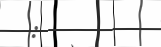
: